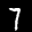
Label: 7